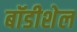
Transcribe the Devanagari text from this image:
बॉडीशेल